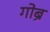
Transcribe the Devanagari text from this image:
गोब्रे